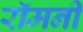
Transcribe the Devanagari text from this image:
रॉमनी